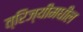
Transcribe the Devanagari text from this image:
त्रिज्यीमधील